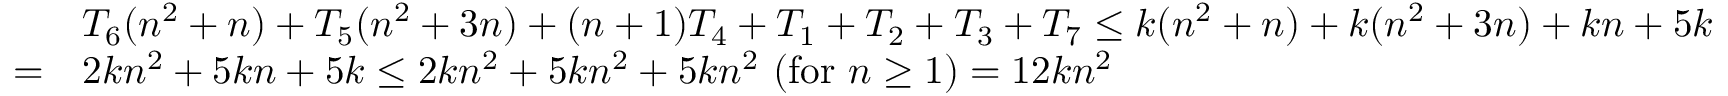
{ \begin{array} { r l } & { T _ { 6 } ( n ^ { 2 } + n ) + T _ { 5 } ( n ^ { 2 } + 3 n ) + ( n + 1 ) T _ { 4 } + T _ { 1 } + T _ { 2 } + T _ { 3 } + T _ { 7 } \leq k ( n ^ { 2 } + n ) + k ( n ^ { 2 } + 3 n ) + k n + 5 k } \\ { = } & { 2 k n ^ { 2 } + 5 k n + 5 k \leq 2 k n ^ { 2 } + 5 k n ^ { 2 } + 5 k n ^ { 2 } \ ( { \mathrm { f o r ~ } } n \geq 1 ) = 1 2 k n ^ { 2 } } \end{array} }